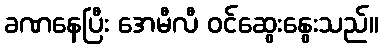
ခဏနေပြီး အေမီလီ ဝင်ဆွေးနွေးသည်။